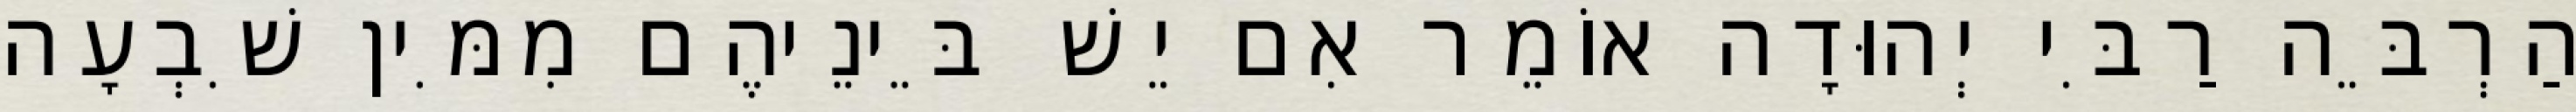
הַרְבֵּה רַבִּי יְהוּדָה אוֹמֵר אִם יֵשׁ בֵּינֵיהֶם מִמִּין שִׁבְעָה